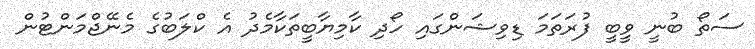
ސަތޯ ބުނީ ވީބީ ފުރަތަމަ ޑިވިޝަންގައި ހޯދި ކާމިޔާބީތަކާމެދު އެ ކްލަބުގެ މެނޭޖްމަންޓުން